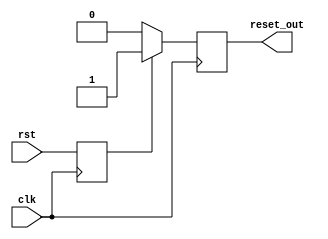
module sync_reset_detector (
    input wire clk,               // Clock signal
    input wire rst,               // Synchronous reset signal
    output reg reset_out          // Reset output for memory blocks
);

    // Register to hold the state of the reset signal
    reg rst_ff;

    // Synchronous reset detection logic
    always @(posedge clk) begin
        // Capture the reset signal on the rising edge of the clock
        rst_ff <= rst;  // Register the reset signal
        
        // Logic for generating the reset output
        if (rst_ff) begin
            reset_out <= 1'b1; // Assert reset output if rst is high
        end else begin
            reset_out <= 1'b0; // Deassert reset output if rst is low
        end
    end

endmodule